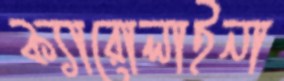
ক্যারোলাইনা